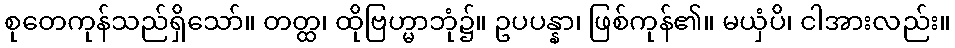
စုတေကုန်သည်ရှိသော်။ တတ္ထ၊ ထိုဗြဟ္မာဘုံ၌။ ဥပပန္နာ၊ ဖြစ်ကုန်၏။ မယှံပိ၊ ငါအားလည်း။